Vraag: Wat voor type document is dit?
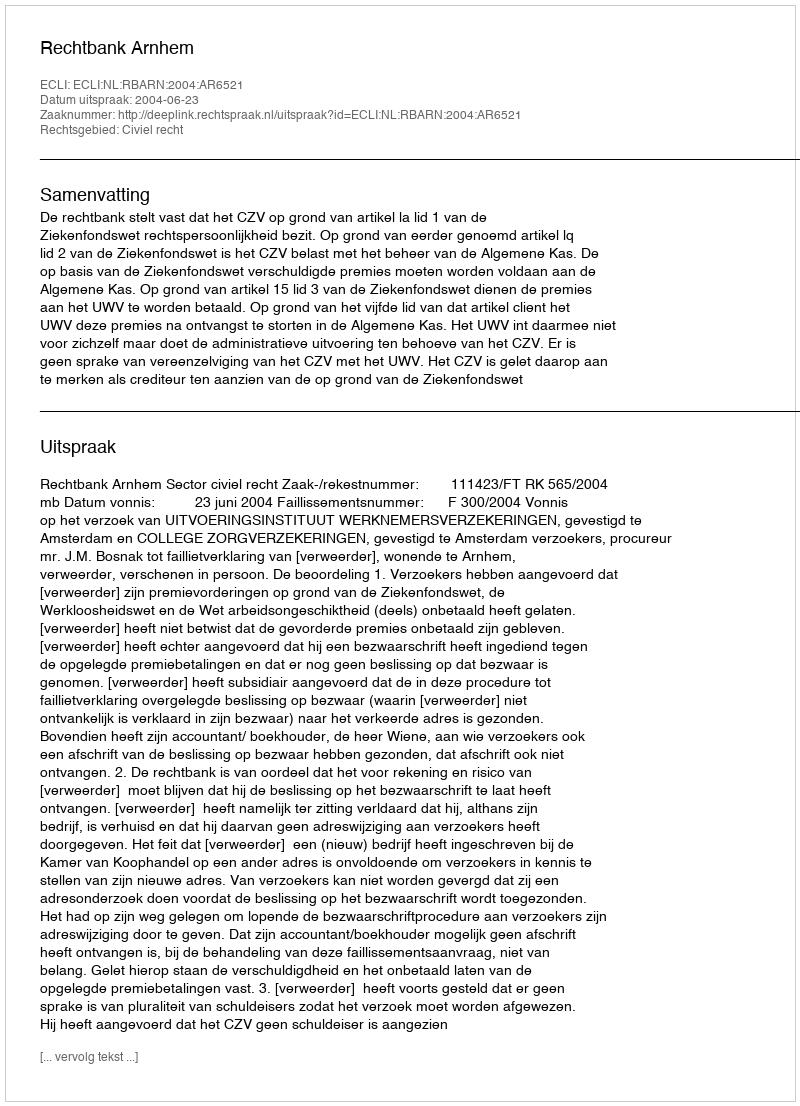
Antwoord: Uitspraak